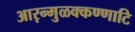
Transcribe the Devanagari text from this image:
आऱन्मुळक्कण्णाटि